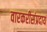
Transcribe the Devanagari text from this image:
वारकरीसंप्रदाय